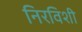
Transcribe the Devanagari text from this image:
निरविशी